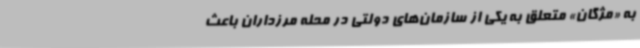
به «مژگان» متعلق به یکی از سازمان‌های دولتی در محله مرزداران باعث